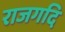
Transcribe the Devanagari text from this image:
राजगदि